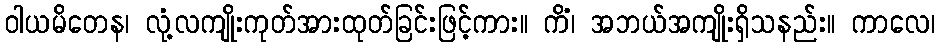
ဝါယမိတေန၊ လုံ့လကျိုးကုတ်အားထုတ်ခြင်းဖြင့်ကား။ ကိံ၊ အဘယ်အကျိုးရှိသနည်း။ ကာလေ၊